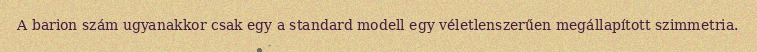
A barion szám ugyanakkor csak egy a standard modell egy véletlenszerűen megállapított szimmetria.